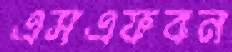
এসএফবন